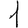
Digit: 1